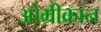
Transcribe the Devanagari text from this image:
ओम्रीक्रान